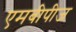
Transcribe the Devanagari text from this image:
एमबीपीज